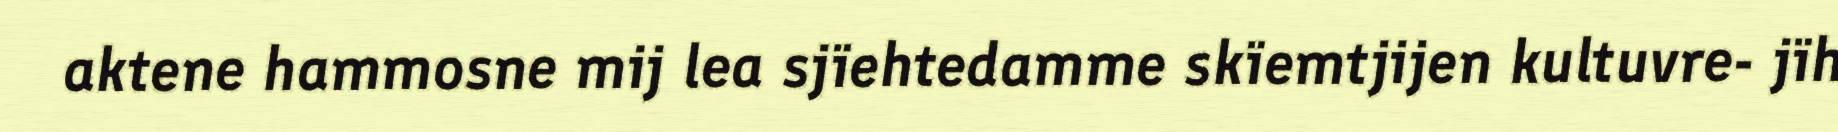
aktene hammosne mij lea sjïehtedamme skïemtjijen kultuvre- jïh